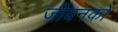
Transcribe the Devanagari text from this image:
जीवनको